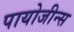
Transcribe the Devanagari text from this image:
पायोजीन्स